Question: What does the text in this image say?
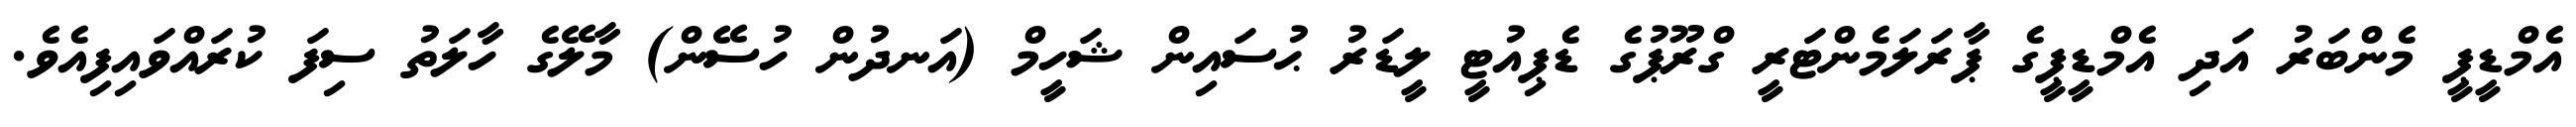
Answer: އެމްޑީޕީ މެންބަރު އަދި އެމްޑީޕީގެ ޕާރަލަމެންޓަރީ ގްރޫޕުގެ ޑެޕިއުޓީ ލީޑަރު ޙުސައިން ޝަހީމް (އަނދުން ހުސޭން) މާލޭގެ ހާލަތު ސިފަ ކުރައްވައިފިއެވެ.